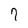
Character: 7